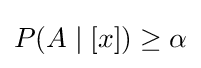
\textstyle P(A\mid [x])\geq \alpha